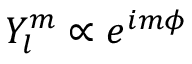
Y _ { l } ^ { m } \propto e ^ { i m \phi }